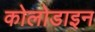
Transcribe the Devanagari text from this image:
कोलोडाइन